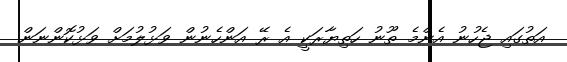
އަތުގައި ޖެހުނު އެންމެ ތޫނު ހަތިޔާރަކީ އެ ރޭ އަންހެނުން ވަޅުލުމަށް ވަޅުކޮންނަން